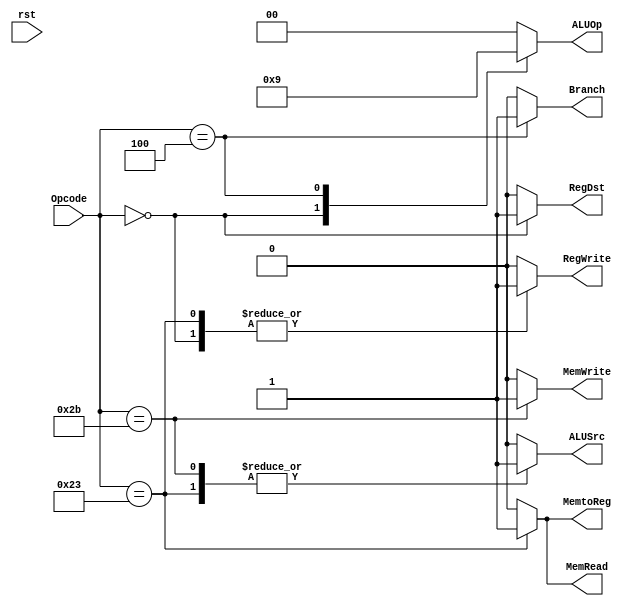
module control_unit(
	input [5:0] Opcode,
	input rst,
	output reg RegDst, RegWrite, ALUSrc,
	output reg MemtoReg, MemRead, MemWrite,
	output reg Branch,
	output reg [1:0] ALUOp);
	
	always @(*) begin
		if (!rst) begin
			RegDst 		<= 0;
			ALUSrc 		<= 0;
			MemtoReg	<= 0;
			RegWrite	<= 0;
			MemRead		<= 0;
			MemWrite	<= 0;
			Branch		<= 0;
			ALUOp		<= 2'b00;
		end
		case(Opcode)
		6'b000000: begin
				RegDst 		<= 1;
				ALUSrc 		<= 0;
				MemtoReg	<= 0;
				RegWrite	<= 1;
				MemRead		<= 0;
				MemWrite	<= 0;
				Branch		<= 0;
				ALUOp		<= 2'b10;
			end
		6'b100011: begin
				RegDst 		<= 0;
				ALUSrc 		<= 1;
				MemtoReg	<= 1;
				RegWrite	<= 1;
				MemRead		<= 1;
				MemWrite	<= 0;
				Branch		<= 0;
				ALUOp		<= 2'b00;
			end
		6'b101011: begin
				RegDst 		<= 0;
				ALUSrc 		<= 1;
				MemtoReg	<= 0;
				RegWrite	<= 0;
				MemRead		<= 0;
				MemWrite	<= 1;
				Branch		<= 0;
				ALUOp		<= 2'b00;
			end
		6'b000100: begin
				RegDst 		<= 0;
				ALUSrc 		<= 0;
				MemtoReg	<= 0;
				RegWrite	<= 0;
				MemRead		<= 0;
				MemWrite	<= 0;
				Branch		<= 1;
				ALUOp		<= 2'b01;
			end
		default: begin
			RegDst 		<= 0;
			ALUSrc 		<= 0;
			MemtoReg	<= 0;
			RegWrite	<= 0;
			MemRead		<= 0;
			MemWrite	<= 0;
			Branch		<= 0;
			ALUOp		<= 2'b00;
		end
		endcase
	end
endmodule